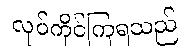
လုပ်ကိုင်ကြရသည်